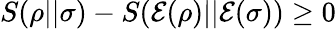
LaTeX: S(\rho||\sigma)-S({\mathcal{E}}(\rho)||{\mathcal{E}}(\sigma))\geq 0